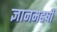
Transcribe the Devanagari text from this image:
ज्ञानमहर्षी